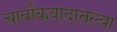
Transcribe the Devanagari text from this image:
चार्वाकवादातल्या